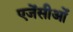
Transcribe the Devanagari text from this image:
एजेंसीओं